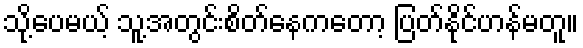
သို့ပေမယ့် သူ့အတွင်းစိတ်နေကတော့ ပြတ်နိုင်ဟန်မတူ။